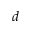
d